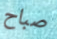
صباح